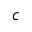
^ { \, c }